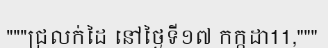
"""ជ្រលក់ដៃ នៅថ្ងៃទី១៧ កក្កដា11,"""